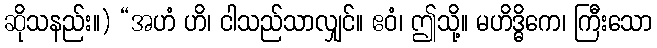
ဆိုသနည်း။) “အဟံ ဟိ၊ ငါသည်သာလျှင်။ ဧဝံ၊ ဤသို့။ မဟိဒ္ဓိကေ၊ ကြီးသော